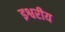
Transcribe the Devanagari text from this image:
इश्वरीय